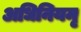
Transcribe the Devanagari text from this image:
अधिनियमृ